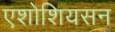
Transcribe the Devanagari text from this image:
एशोशियसन